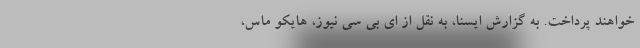
خواهند پرداخت. به گزارش ایسنا، به نقل از ای بی سی نیوز، هایکو ماس،